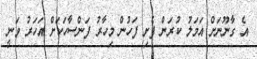
އެ ގާނޫނަށް އަމަލު ކުރަން ފެށި ފަހުން މިހާރު ފަންސާހަކަށް އަހަރު ވަނީ